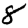
Digit: 8